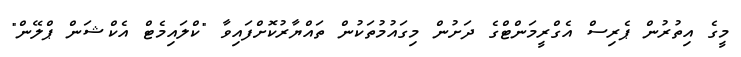
މީގެ އިތުރުން ޕެރިސް އެގްރީމަންޓްގެ ދަށުން މިގައުމުތަކުން ތައްޔާރުކޮށްފައިވާ "ކްލައިމެޓް އެކްޝަން ޕްލޭން"